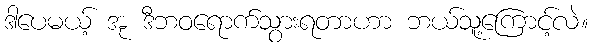
ဒါပေမယ့် အု ဒီဘဝရောက်သွားရတာဟာ ဘယ်သူ့ကြောင့်လဲ။